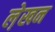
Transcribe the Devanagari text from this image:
ले़खन